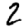
Digit: 2